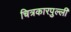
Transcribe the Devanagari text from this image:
चित्रकारपुल्ली